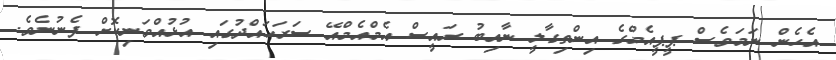
އެހެން ނަމަވެސް ޕީޕީއެމްގެ އިންތިގާލީ ނާއިބު ރައީސް އެމްއެމްއޭ ސަރަހައްދުގައި އުޅުއްވަނިކޮށް ފެނުނެވެ.